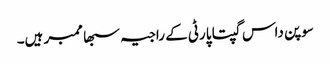
سوپن داس گپتا پارٹی کے راجیہ سبھا ممبر ہیں۔